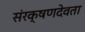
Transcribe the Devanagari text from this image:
संरक्षणदेवता